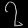
Digit: ၇